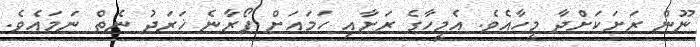
ނޫން ރަށަކަށްދާ މީހާއެވެ. އެމީހާގެ ރަށާއި ހަމައަށް ފޯރާނެ ޚަރަދު ނެތް ނަމައެވެ.